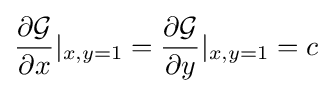
{\partial {\mathcal {G}} \over \partial x}\vert _{x,y=1}={\partial {\mathcal {G}} \over \partial y}\vert _{x,y=1}=c